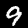
Digit: 9